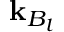
\mathbf { k } _ { B _ { l } }